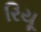
રિયૂ